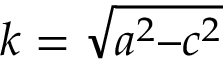
k = \sqrt { a ^ { 2 } – c ^ { 2 } }